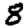
Digit: 8